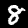
Digit: 8